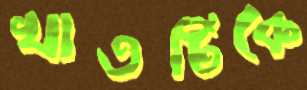
খাতটিকে